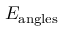
E _ { \mathrm { a n g l e s } }